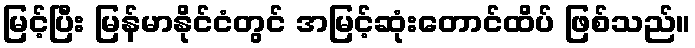
မြင့်ပြီး မြန်မာနိုင်ငံတွင် အမြင့်ဆုံးတောင်ထိပ် ဖြစ်သည်။